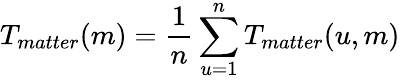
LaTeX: T_{matter}(m)=\frac{1}{n}\sum_{u=1}^{n}T_{matter}(u,m)